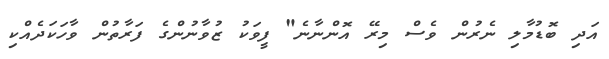
އަދި ބޮޑުމާލި ނެރުން ވެސް މިރޭ އޮންނާނެ" ފީވަކު ޒުވާނުންގެ ފަރާތުން ވާހަކަދެއްކި